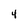
Character: 4